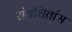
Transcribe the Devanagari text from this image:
संबंधितांस